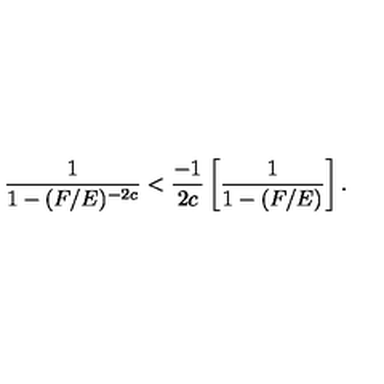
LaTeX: \frac { 1 } { 1 - ( F / E ) ^ { - 2 c } } < \frac { - 1 } { 2 c } \left[ \frac { 1 } { 1 - ( F / E ) } \right] .